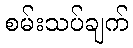
စမ်းသပ်ချက်